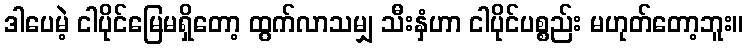
ဒါပေမဲ့ ငါပိုင်မြေမရှိတော့ ထွက်လာသမျှ သီးနှံဟာ ငါပိုင်ပစ္စည်း မဟုတ်တော့ဘူး။